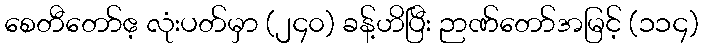
စေတီတော်ဧ့ လုံးပတ်မှာ (၂၄၀) ခန့်ဟိပြီး ဉာဏ်တော်အမြင့် (၁၁၄)